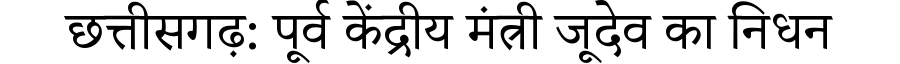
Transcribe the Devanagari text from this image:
छत्तीसगढ़: पूर्व केंद्रीय मंत्री जूदेव का निधन